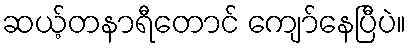
ဆယ့်တနာရီတောင် ကျော်နေပြီပဲ။